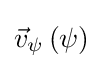
{\vec {v}}_{\psi }\left(\psi \right)